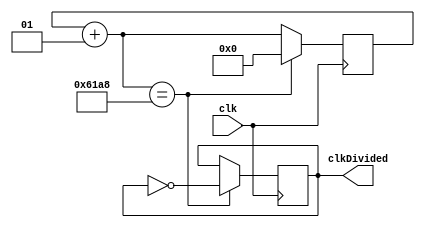
module Clock_divider(clk, clkDivided);

	input clk;
	
	integer i=0;
	parameter frequency=1000; //desired frequency of divided clock output in hertz
	
	output reg clkDivided=0;
	
	always@(posedge clk)
		begin
			
			i=i+1;
			
			if(i==50000000/(2*frequency))
				begin
				
					clkDivided=clkDivided^1;
					i=0;
				
				end
			
		end

endmodule